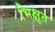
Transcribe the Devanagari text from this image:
भिक्षूत